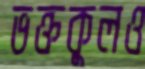
ভক্তকুলও